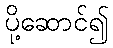
ပို့ဆောင်၍